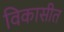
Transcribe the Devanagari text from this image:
विकासीत